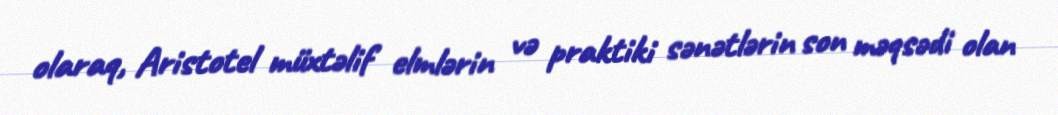
olaraq, Aristotel müxtəlif elmlərin və praktiki sənətlərin son məqsədi olan